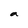
Character: a